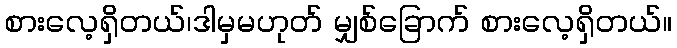
စားလေ့ရှိတယ်၊ဒါမှမဟုတ် မျှစ်ခြောက် စားလေ့ရှိတယ်။